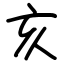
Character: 亥